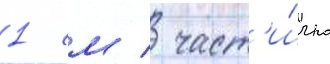
1 см / част'и́чно